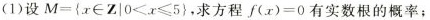
(1)设 $$M = { x\in Z \mid 0 < x ≤ 5 }$$，求方程 $$f ( x ) = 0$$ 有实数根的概率；